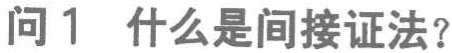
问1 什么是间接证法？